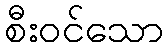
စီးဝင်သော